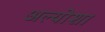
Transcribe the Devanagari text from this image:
अल्योशा